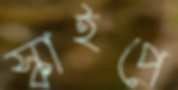
স্কাইপে